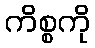
ကိစ္စကို